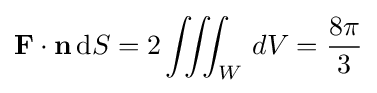
\mathbf {F} \cdot \mathbf {n} \,\mathrm {d} S=2\iiint _{W}\,dV={\frac {8\pi }{3}}